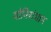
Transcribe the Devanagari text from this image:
योनिसंधान